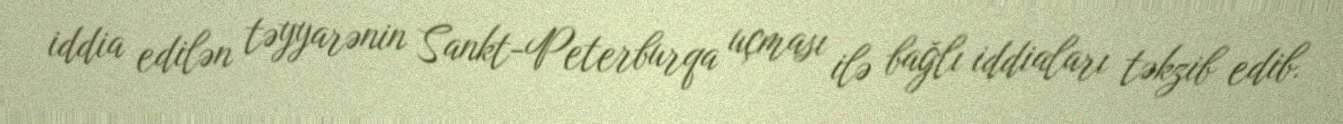
iddia edilən təyyarənin Sankt-Peterburqa uçması ilə bağlı iddiaları təkzib edib.